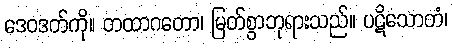
ဒေဝဒတ်ကို။ တထာဂတော၊ မြတ်စွာဘုရားသည်။ ပဋိသောတံ၊